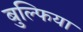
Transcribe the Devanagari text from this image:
बुल्फिया